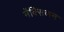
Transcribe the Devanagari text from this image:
मेंक्सिकन